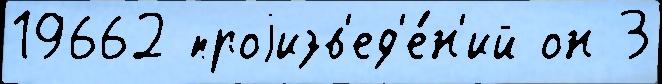
19662 проjизв'ед'е́н'ий он 3